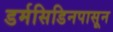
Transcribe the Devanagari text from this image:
डर्मसिडिनपासून